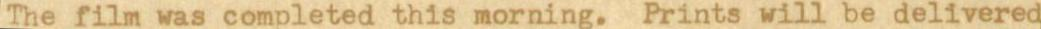
The film was completed this morning. Prints will be delivered